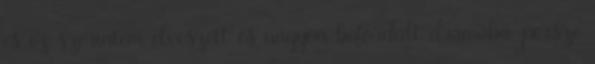
és ez szerintem elveszett és nagyon befordult drámába, persze